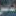
ناسر